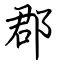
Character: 郡